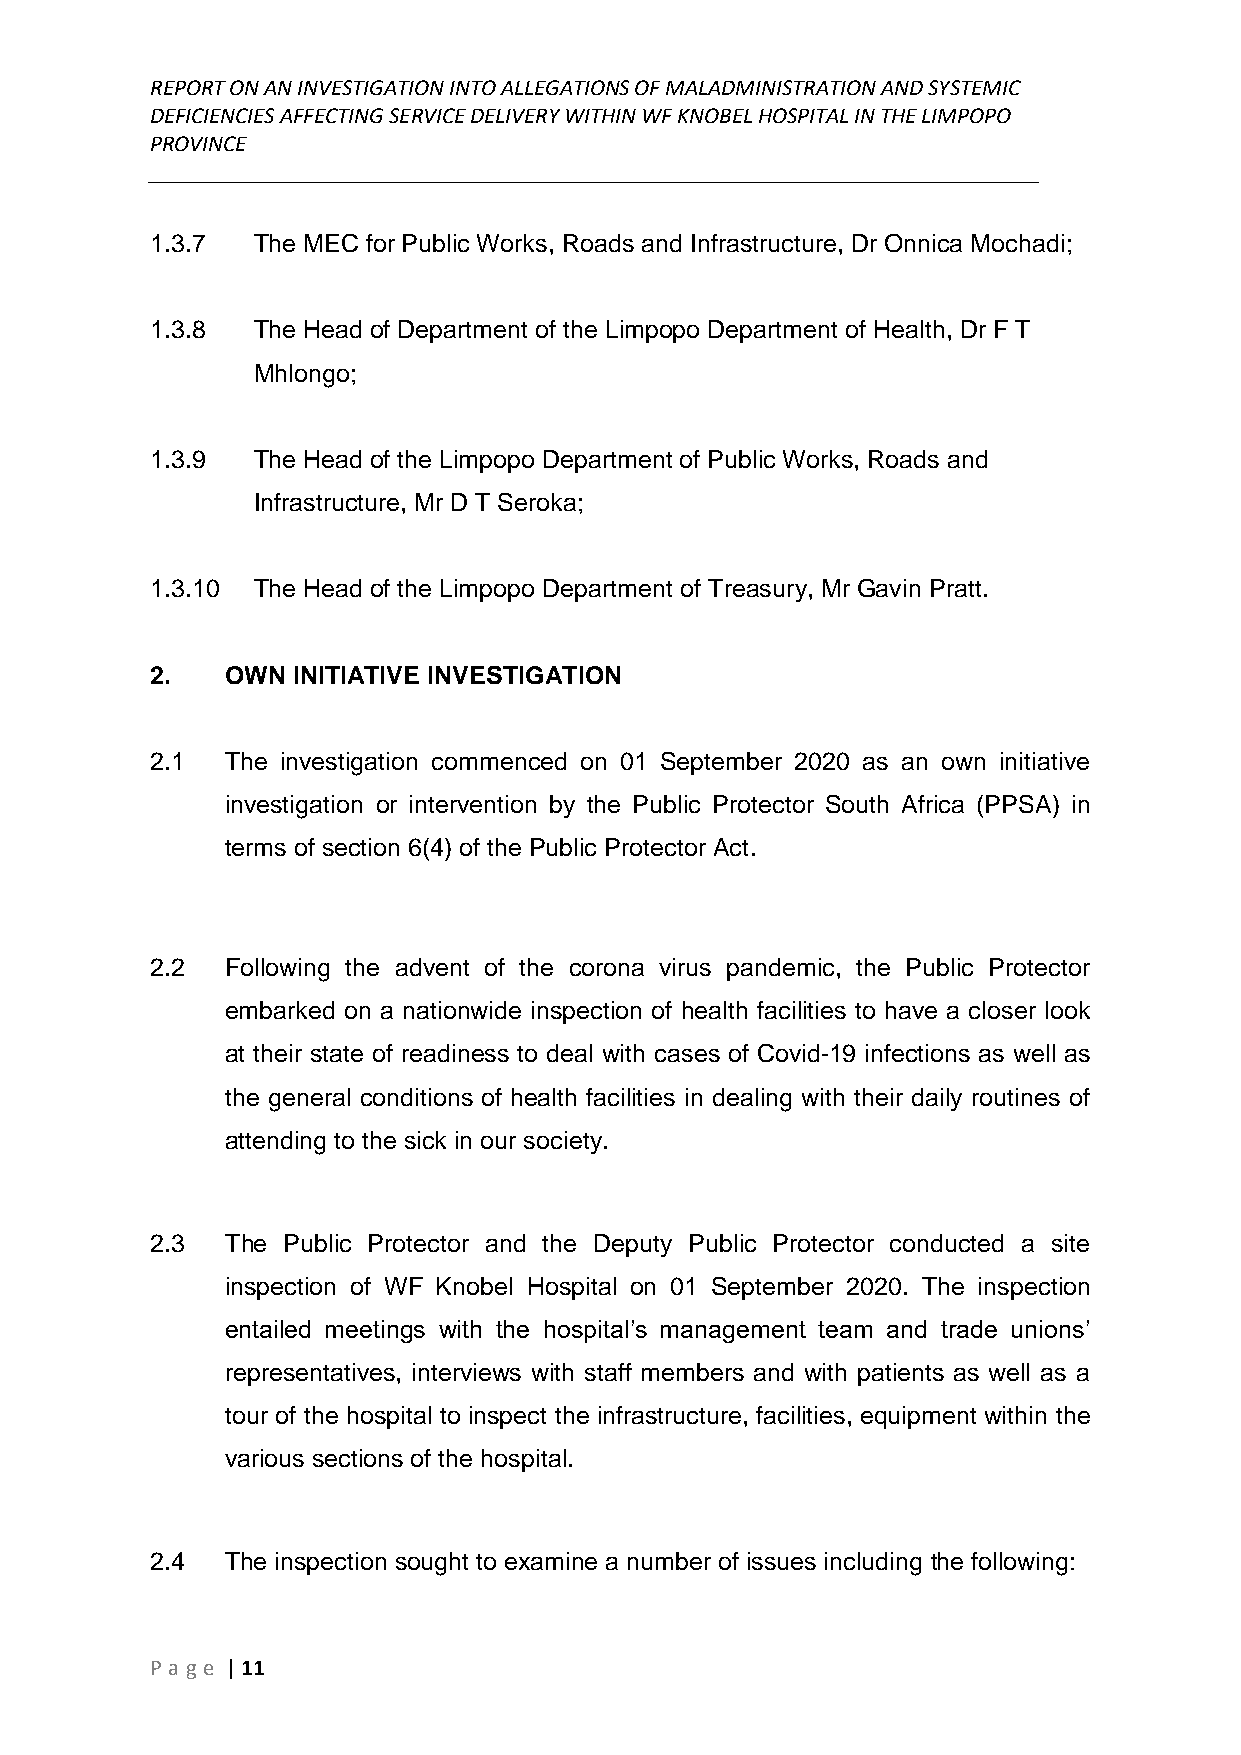
REPORT ON AN INVESTIGATION INTO ALLEGATIONS OF MALADMINISTRATION AND SYSTEMIC
 DEFICIENCIES AFFECTING SERVICE DELIVERY WITHIN WF KNOBEL HOSPITAL IN THE LIMPOPO
 PROVINCE
 ______________________________________________________________________________
 1.3.7  The MEC for Public Works, Roads and Infrastructure, Dr Onnica Mochadi;
 1.3.8  The Head of Department of the Limpopo Department of Health, Dr F T
 Mhlongo;
 1.3.9  The Head of the Limpopo Department of Public Works, Roads and
 Infrastructure, Mr D T Seroka;
 1.3.10 The Head of the Limpopo Department of Treasury, Mr Gavin Pratt.
 2.   OWN INITIATIVE INVESTIGATION
 2.1  The investigation commenced on 01 September 2020 as an own initiative
 investigation or intervention by the Public Protector South Africa (PPSA) in
 terms of section 6(4) of the Public Protector Act.
 2.2  Following the advent of the corona virus pandemic, the Public Protector
 embarked on a nationwide inspection of health facilities to have a closer look
 at their state of readiness to deal with cases of Covid-19 infections as well as
 the general conditions of health facilities in dealing with their daily routines of
 attending to the sick in our society.
 2.3  The Public Protector and the Deputy Public Protector conducted a site
 inspection of WF Knobel Hospital on 01 September 2020. The inspection
 entailed meetings with the hospital’s management team and trade unions’
 representatives, interviews with staff members and with patients as well as a
 tour of the hospital to inspect the infrastructure, facilities, equipment within the
 various sections of the hospital.
 2.4  The inspection sought to examine a number of issues including the following:
 P age | 11